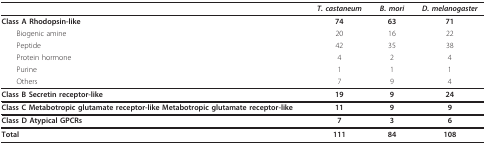
<table><thead><tr><td></td><td><b><i>T. castaneum</i></b></td><td><b><i>B. mori</i></b></td><td><b><i>D. melanogaster</i></b></td></tr></thead><tbody><tr><td><b>Class A Rhodopsin-like</b></td><td><b>74</b></td><td><b>63</b></td><td><b>71</b></td></tr><tr><td> Biogenic amine</td><td>20</td><td>16</td><td>22</td></tr><tr><td> Peptide</td><td>42</td><td>35</td><td>38</td></tr><tr><td> Protein hormone</td><td>4</td><td>2</td><td>4</td></tr><tr><td> Purine</td><td>1</td><td>1</td><td>1</td></tr><tr><td> Others</td><td>7</td><td>9</td><td>4</td></tr><tr><td><b>Class B Secretin receptor-like</b></td><td><b>19</b></td><td><b>9</b></td><td><b>24</b></td></tr><tr><td><b>Class C Metabotropic glutamate receptor-like Metabotropic glutamate receptor-like</b></td><td><b>11</b></td><td><b>9</b></td><td><b>9</b></td></tr><tr><td><b>Class D Atypical GPCRs</b></td><td><b>7</b></td><td><b>3</b></td><td><b>6</b></td></tr><tr><td><b>Total</b></td><td><b>111</b></td><td><b>84</b></td><td><b>108</b></td></tr></tbody></table>